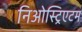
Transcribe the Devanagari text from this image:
निओस्ट्रिएटम